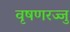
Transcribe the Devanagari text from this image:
वृषणरज्जु